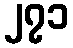
၂၇၁